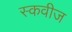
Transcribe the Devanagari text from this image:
स्कवीज